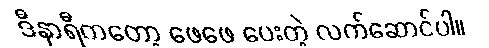
ဒီနာရီကတော့ ဖေဖေ ပေးတဲ့ လက်ဆောင်ပါ။